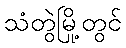
သံတွဲမြို့တွင်